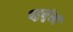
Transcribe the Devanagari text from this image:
चहुर्मुखी